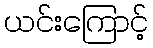
ယင်းကြောင့်